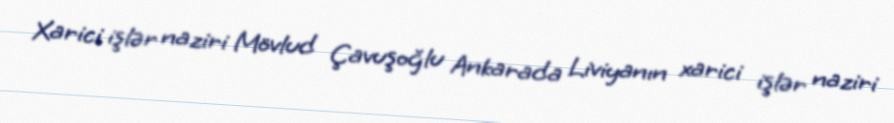
Xarici işlər naziri Mövlud Çavuşoğlu Ankarada Liviyanın xarici işlər naziri